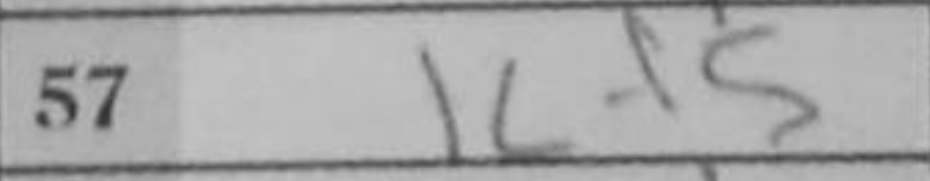
Transcription: Kf5